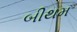
બીથમ